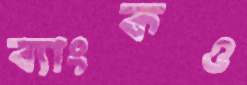
ব্যাংকও